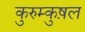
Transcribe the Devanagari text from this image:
कुरुम्कुष़ल